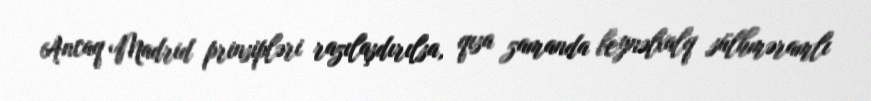
Ancaq Madrid prinsipləri razılaşdırılsa, qısa zamanda beynəlxalq sülhməramlı